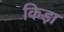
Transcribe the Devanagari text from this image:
किड़ा